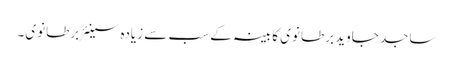
ساجد جاوید برطانوی کابینہ کے سب سے زیادہ سینئر برطانوی۔